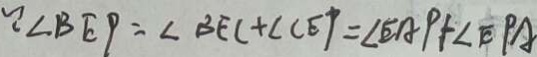
\because \angle B E P = \angle B E C + \angle C E P = \angle E A P + \angle E P A